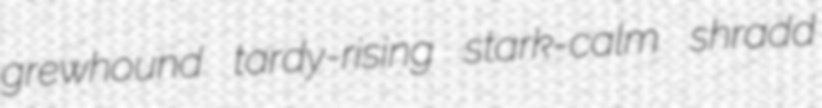
grewhound tardy-rising stark-calm shradd